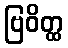
ဗြဝိတ္ထ